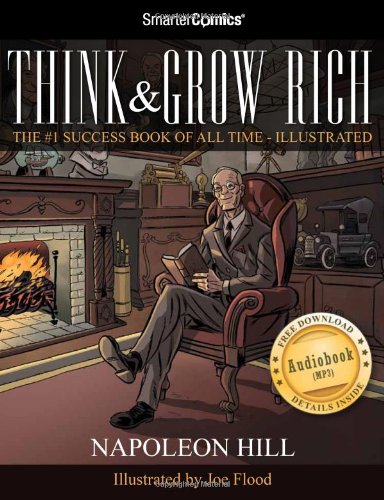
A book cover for Think and Grow Rich from SmarterComics; Napoleon Hill; Comics & Graphic Novels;